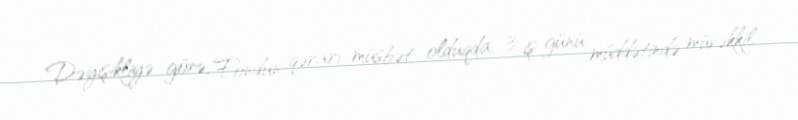
Dəyişikliyə görə, Fondun qərarı müsbət olduqda, 3 iş günü müddətində müvəkkil